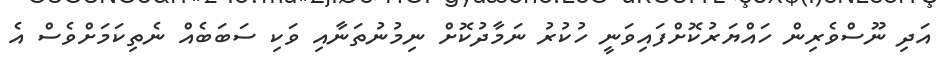
އަދި ނޫސްވެެރިން ހައްޔަރުކޮށްފައިވަނީ ހުކުރު ނަމާދުކޮށް ނިމުނުތަނާއި ވަކި ސަބަބެއް ނެތިކަމަށްވެސް އެ